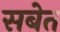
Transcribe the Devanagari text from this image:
सबेत